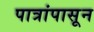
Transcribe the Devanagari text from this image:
पात्रांपासून